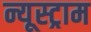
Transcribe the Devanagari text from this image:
न्यूस्ट्राम